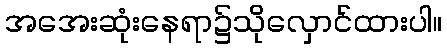
အအေးဆုံးနေရာ၌သိုလှောင်ထားပါ။